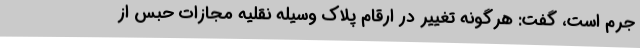
جرم است، گفت: هرگونه تغییر در ارقام پلاک وسیله نقلیه مجازات حبس از